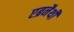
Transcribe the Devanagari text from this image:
एब्रनैथी